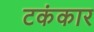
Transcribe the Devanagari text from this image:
टकंकार